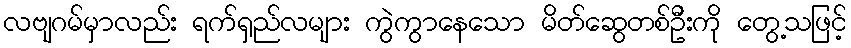
လဗျဂမ်မှာလည်း ရက်ရှည်လများ ကွဲကွာနေသော မိတ်ဆွေတစ်ဦးကို တွေ့သဖြင့်